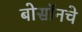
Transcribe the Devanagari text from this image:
बोसॉनचे